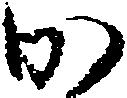
か